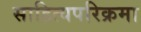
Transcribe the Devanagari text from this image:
साहित्यपरिक्रमा